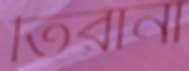
তিরানা